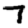
Digit: 7